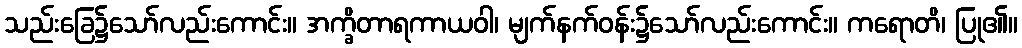
သည်းခြေ၌သော်လည်းကောင်း။ အက္ခိတာရကာယဝါ၊ မျက်နက်ဝန်း၌သော်လည်းကောင်း။ ကရောတိ၊ ပြု၏။